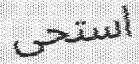
استحى